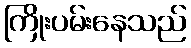
ကြိုးပမ်းနေသည်